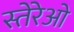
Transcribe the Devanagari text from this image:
स्तेरेओ